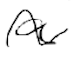
Text: a
Cross-out: wave
Writing tool: digital_black